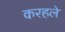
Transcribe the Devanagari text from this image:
करहले